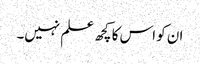
ان کو اس کا کچھ علم نہیں۔